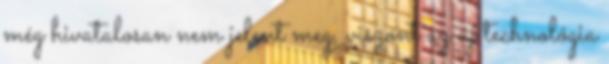
még hivatalosan nem jelent meg, viszont az új technológia